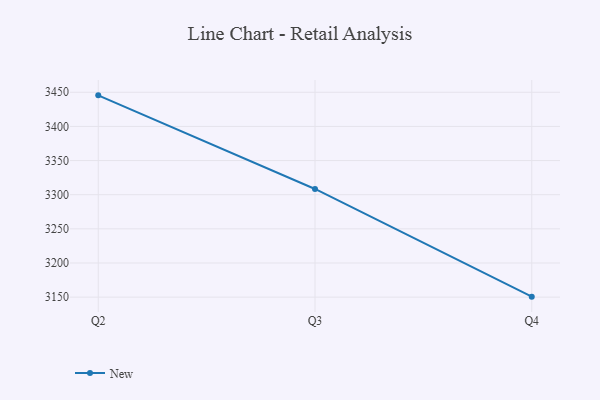
{"axis": {"x": "Quarter", "y": "Waste Production (Tons)"}, "legend": ["New"], "data": [{"x": "Q2", "y": 3445.5, "type": "New"}, {"x": "Q3", "y": 3308.4, "type": "New"}, {"x": "Q4", "y": 3150.7, "type": "New"}]}